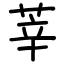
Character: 莘